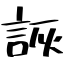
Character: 詼